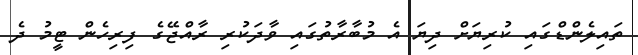
ތައިލެންޑްގައި ކުރިޔަށް ދިޔަ އެ މުބާރާތުގައި ވާދަކުރި ރާއްޖޭގެ ފިރިހެން ޓީމު ދެ